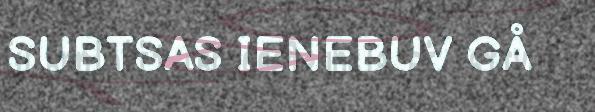
SUBTSAS IENEBUV GÅ